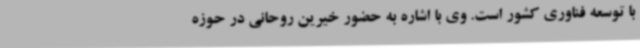
با توسعه فناوری کشور است. وی با اشاره به حضور خیرین روحانی در حوزه